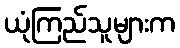
ယုံကြည်သူများက